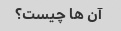
آن ها چیست؟